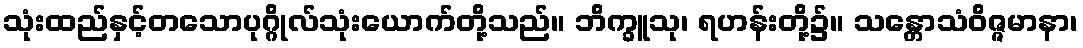
သုံးထည်နှင့်တသောပုဂ္ဂိုလ်သုံးယောက်တို့သည်။ ဘိက္ခူသု၊ ရဟန်းတို့၌။ သန္တောသံဝိဇ္ဇမာနာ၊